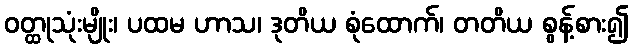
ဝတ္ထုသုံးမျိုး၊ ပထမ ဟာသ၊ ဒုတိယ စုံထောက်၊ တတိယ စွန့်စား၍